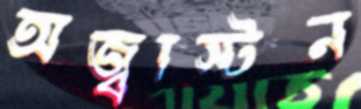
অজ্ঝাস্টন